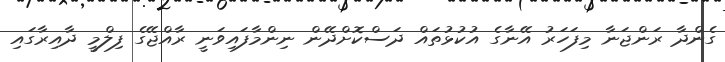
ގެންދާ ރަންޖަނާ މިފަހަރު އޭނާގެ އުކުޅުތައް ދަސްކޮށްދޭން ނިންމާފައިވަނީ ރާއްޖޭގެ ފިލްމީ ދާއިރާގައި